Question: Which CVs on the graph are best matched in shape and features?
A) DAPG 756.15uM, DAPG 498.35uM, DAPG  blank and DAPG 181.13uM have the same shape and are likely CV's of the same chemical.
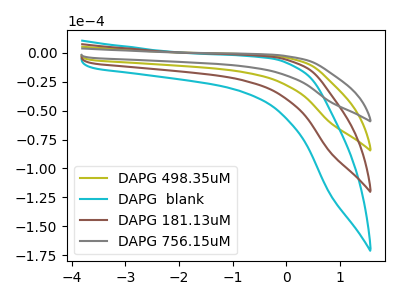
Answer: <think>The olive curve "DAPG 498.35uM" has no peaks. The cyan curve "DAPG  blank" has no peaks. The brown curve "DAPG 181.13uM" has no peaks. The gray curve "DAPG 756.15uM" has no peaks.
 Neither "DAPG 498.35uM" or "DAPG  blank" have any peaks. Neither "DAPG 498.35uM" or "DAPG 181.13uM" have any peaks. Neither "DAPG 498.35uM" or "DAPG 756.15uM" have any peaks. Neither "DAPG  blank" or "DAPG 181.13uM" have any peaks. Neither "DAPG  blank" or "DAPG 756.15uM" have any peaks. Neither "DAPG 181.13uM" or "DAPG 756.15uM" have any peaks.</think>
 <answer>A) "DAPG 756.15uM", "DAPG 498.35uM", "DAPG  blank" and "DAPG 181.13uM" have the same shape and are likely CV's of the same chemical.</answer>
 <eval>A</eval>